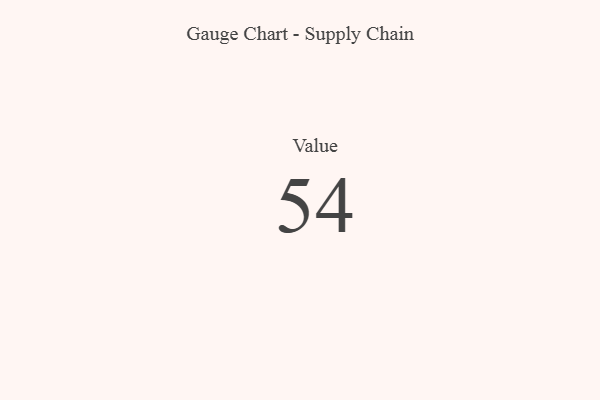
{"axis": {"x": "Metric", "y": "Value"}, "legend": [""], "data": [{"x": "Value", "y": 54, "type": ""}]}